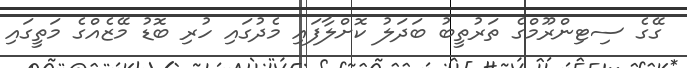
ގޭގެ ސިޓިންރޫމްގެ ތަރުތީބު ބަދަލު ކޮށްލާފައި މެދުގައި ހުރި ބޮޑު މޭޒެއްގެ މަތީގައި